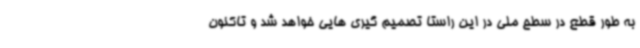
به طور قطع در سطح ملی در این راستا تصمیم گیری هایی خواهد شد و تاکنون